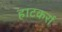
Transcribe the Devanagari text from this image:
हाटकर्रा